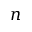
n